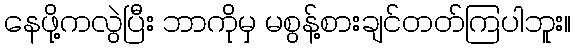
နေဖို့ကလွဲပြီး ဘာကိုမှ မစွန့်စားချင်တတ်ကြပါဘူး။